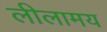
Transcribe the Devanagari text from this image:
लीलामय